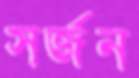
সর্জন